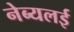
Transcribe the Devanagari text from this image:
नेब्यलई